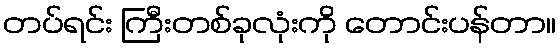
တပ်ရင်း ကြီးတစ်ခုလုံးကို တောင်းပန်တာ။